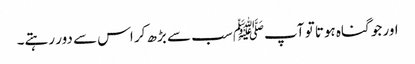
اور جو گناہ ہوتا تو آپﷺ سب سے بڑھ کر اس سے دور رہتے۔